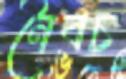
নৈবচ